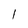
Character: 1